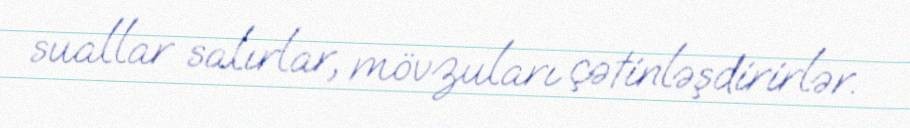
suallar salırlar, mövzuları çətinləşdirirlər.